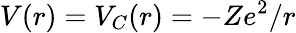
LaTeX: V(r)=V_{C}(r)=-Ze^{2}/r